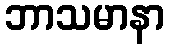
ဘာသမာနာ